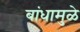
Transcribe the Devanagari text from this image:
बांधामुळे